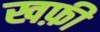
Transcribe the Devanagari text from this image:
खफ़ी